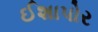
ઈશાપોર